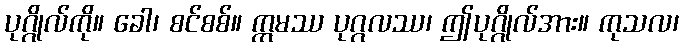
ပုဂ္ဂိုလ်ကို။ ခေါ၊ စင်စစ်။ ဣမဿ ပုဂ္ဂလဿ၊ ဤပုဂ္ဂိုလ်အား။ ကုသလ၊